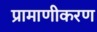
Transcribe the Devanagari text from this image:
प्रामाणीकरण